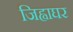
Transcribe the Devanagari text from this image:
जिह्वाघर